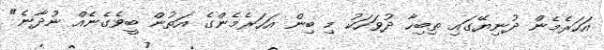
އަހަރެމެން ދުނިޔޭގައި ތިބިހާ ދުވަހަކު މި ބިން އަހަރެމެންގެ އަތުން ބީވެގެނެއް ނުދާނެ"